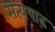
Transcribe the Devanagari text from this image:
सत्यषाढ़